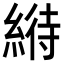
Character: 𦃀